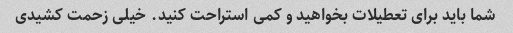
شما باید برای تعطیلات بخواهید و کمی استراحت کنید. خیلی زحمت کشیدی